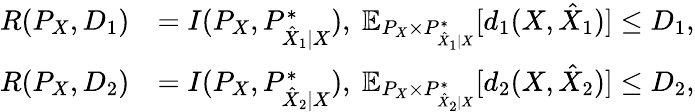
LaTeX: \begin{array}{rl}{R(P_{X},D_{1})}&{=I(P_{X},P_{\hat{X}_{1}|X}^{*}),~\mathbb{E}_{P_{X}\times P_{\hat{X}_{1}|X}^{*}}[d_{1}(X,\hat{X}_{1})]\leq D_{1},}\\ {R(P_{X},D_{2})}&{=I(P_{X},P_{\hat{X}_{2}|X}^{*}),~\mathbb{E}_{P_{X}\times P_{\hat{X}_{2}|X}^{*}}[d_{2}(X,\hat{X}_{2})]\leq D_{2},}\end{array}